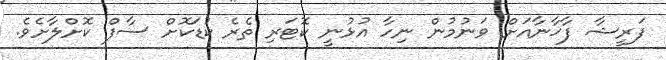
ފަރީޝާ ފާޚާނާއަށް ވަނުމުން ނިހާ އުޅުނީ ކޮޓަރި ތެރެ ކުޑަކޮށް ސާފް ކޮށްލާށެވެ.